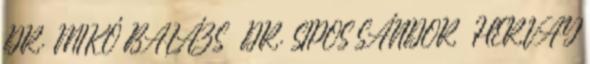
DR. MIKÓ BALÁZS – DR. SIPOS SÁNDOR – HERVAY